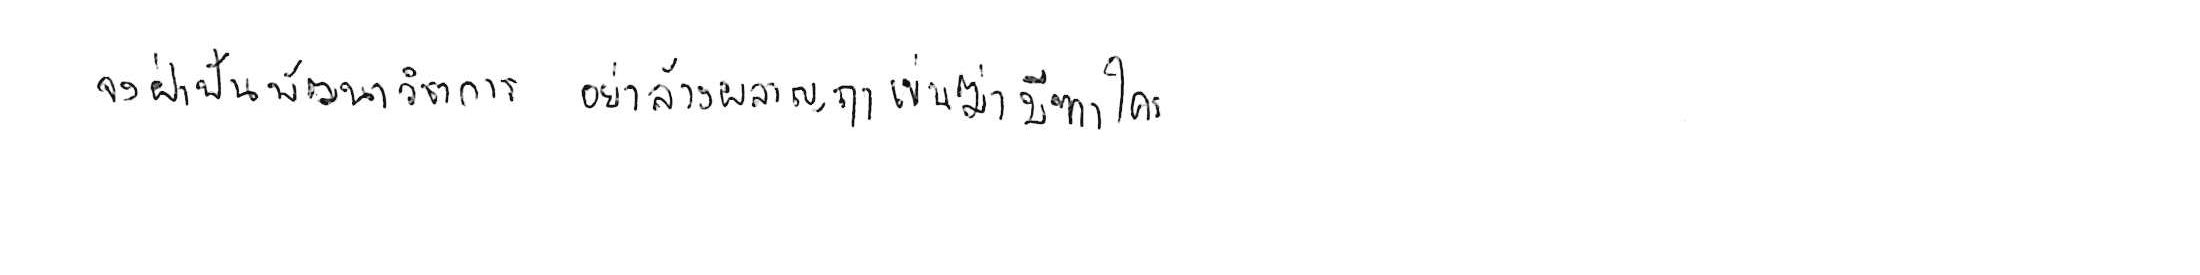
จงฝ่าฟันพัฒนาวิชาการ อย่าล้างผลาญฤๅเข่นฆ่าบีฑาใคร